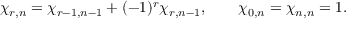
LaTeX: \chi _ { r , n } = \chi _ { r - 1 , n - 1 } + ( - 1 ) ^ { r } \chi _ { r , n - 1 } , \qquad \chi _ { 0 , n } = \chi _ { n , n } = 1 .